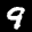
Label: 9